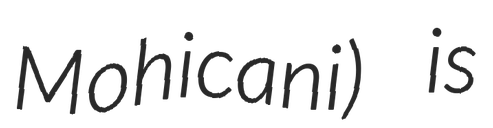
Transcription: Mohicani) is